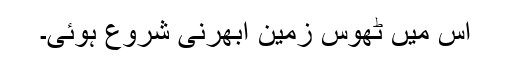
اس میں ٹھوس زمین ابھرنی شروع ہوئی۔